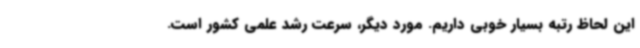
این لحاظ رتبه بسیار خوبی داریم. مورد دیگر، سرعت رشد علمی کشور است.